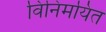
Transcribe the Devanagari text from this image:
विनिमयित